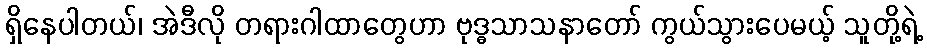
ရှိနေပါတယ်၊ အဲဒီလို တရားဂါထာတွေဟာ ဗုဒ္ဓသာသနာတော် ကွယ်သွားပေမယ့် သူတို့ရဲ့